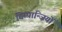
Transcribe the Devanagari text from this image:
चिम्पान्ज़ियों